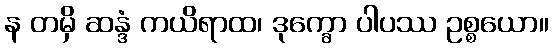
န တမှိ ဆန္ဒံ ကယိရာထ၊ ဒုက္ခော ပါပဿ ဥစ္စယော။